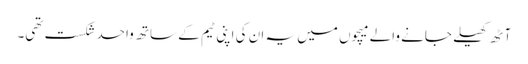
آٹھ کھیلے جانے والے میچوں میں یہ ان کی اپنی ٹیم کے ساتھ واحد شکست تھی۔